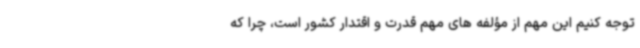
توجه کنیم این مهم از مؤلفه های مهم قدرت و اقتدار کشور است، چرا که